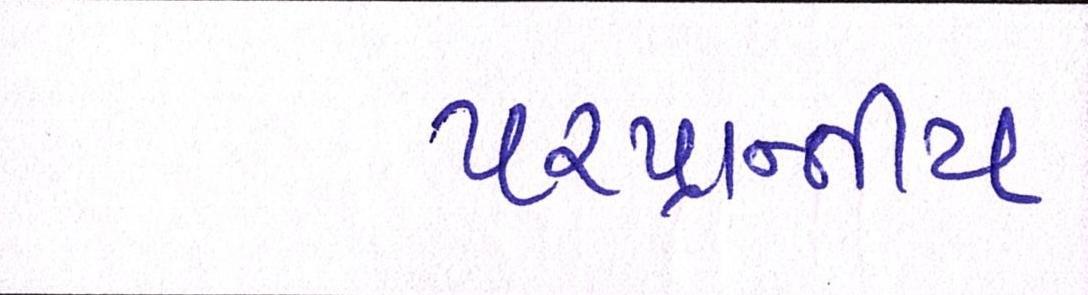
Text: પ૨પ્રાન્તીય